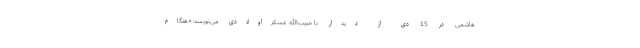
هاشمی در 15 دی از دیدار با حبیب‌الله عسکراولادی می‌نویسد: «هنگام